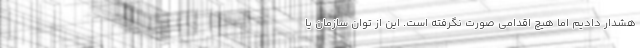
هشدار دادیم اما هیچ اقدامی صورت نگرفته است. این از توان سازمان یا